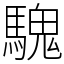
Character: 騩